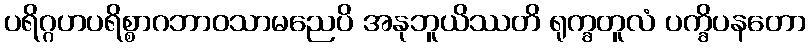
ပရိဂ္ဂဟပရိစ္စာဂဘာဝသာမညေပိ အနုဘူယိဿတိ ရုက္ခတူလံ ပက္ခိပနတော